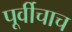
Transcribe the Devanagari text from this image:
पूर्वीचाच